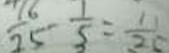
\frac { 1 6 } { 2 5 } - \frac { 1 } { 5 } = \frac { 1 1 } { 2 0 }